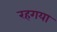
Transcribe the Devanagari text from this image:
रहगया